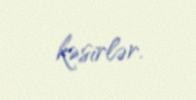
kəsirlər.